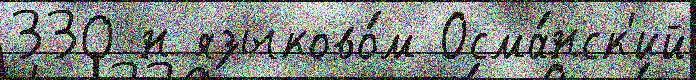
330 н языково́м Осма́нск'ий